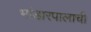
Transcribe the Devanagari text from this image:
भांडारपालाची